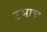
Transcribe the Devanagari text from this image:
उभाच